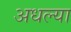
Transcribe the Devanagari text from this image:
अधल्या